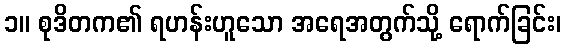
၁။ စုဒိတက၏ ရဟန်းဟူသော အရေအတွက်သို့ ရောက်ခြင်း၊